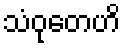
သံဝုတေဟိ